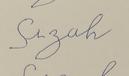
Signature authenticity: forged